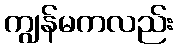
ကျွန်မကလည်း